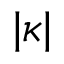
| \kappa |